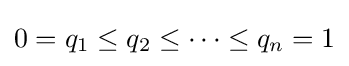
0=q_{1}\leq q_{2}\leq \cdots \leq q_{n}=1